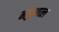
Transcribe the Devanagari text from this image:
नहुआत्ल